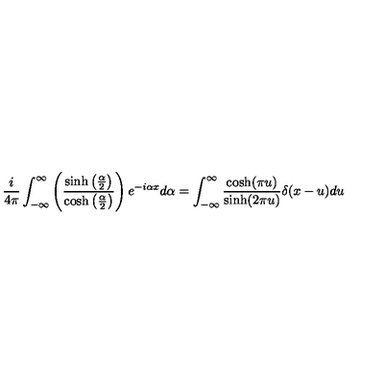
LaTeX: \frac { i } { 4 \pi } \int _ { - \infty } ^ { \infty } \left( \frac { \sinh \left( \frac { \alpha } { 2 } \right) } { \cosh \left( \frac { \alpha } { 2 } \right) } \right) e ^ { - i \alpha x } d \alpha = \int _ { - \infty } ^ { \infty } \frac { \cosh ( \pi u ) } { \sinh ( 2 \pi u ) } \delta ( x - u ) d u